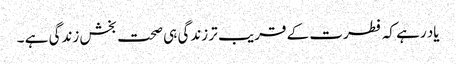
یاد رہے کہ فطرت کے قریب تر زندگی ہی صحت بخش زندگی ہے ۔